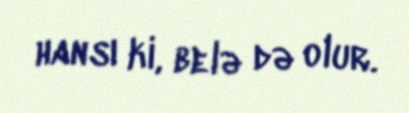
hansı ki, belə də olur.